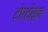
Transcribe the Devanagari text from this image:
टोरटोइज